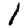
Digit: 1